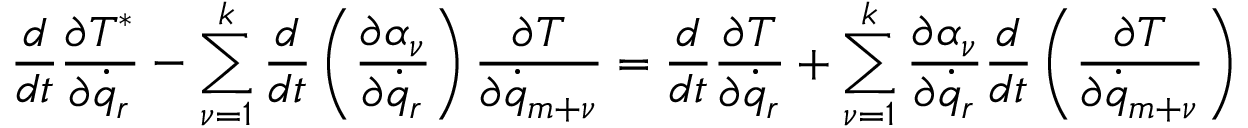
\frac { d } { d t } \frac { \partial T ^ { * } } { \partial { \dot { q } } _ { r } } - \sum _ { \nu = 1 } ^ { k } \frac { d } { d t } \left( \frac { \partial \alpha _ { \nu } } { \partial { \dot { q } } _ { r } } \right) \frac { \partial T } { \partial { \dot { q } } _ { m + \nu } } = \frac { d } { d t } \frac { \partial T } { \partial { \dot { q } } _ { r } } + \sum _ { \nu = 1 } ^ { k } \frac { \partial \alpha _ { \nu } } { \partial { \dot { q } _ { r } } } \frac { d } { d t } \left( \frac { \partial T } { \partial { \dot { q } } _ { m + \nu } } \right)